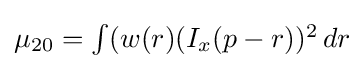
{\textstyle \mu _{20}=\int (w(r)(I_{x}(p-r))^{2}\,dr}